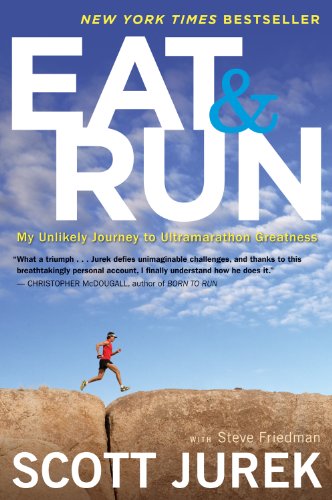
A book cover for Eat and Run: My Unlikely Journey to Ultramarathon Greatness; Scott Jurek; Health, Fitness & Dieting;